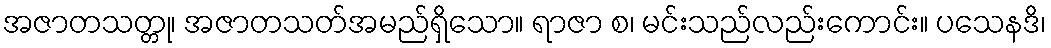
အဇာတသတ္တု၊ အဇာတသတ်အမည်ရှိသော။ ရာဇာ စ၊ မင်းသည်လည်းကောင်း။ ပသေနဒိ၊